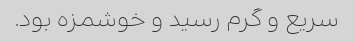
سریع و گرم رسید و خوشمزه بود.